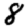
Digit: 8